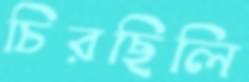
চিরছিলি